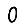
Digit: 0